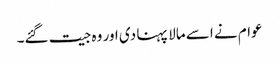
عوام نے اسے مالا پہنا دی اور وہ جیت گئے۔